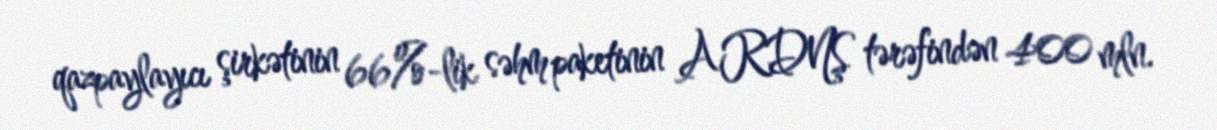
qazpaylayıcı şirkətinin 66%-lik səhm paketinin ARDNŞ tərəfindən 400 mln.